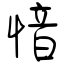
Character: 愔